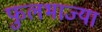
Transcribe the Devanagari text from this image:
फुलभाज्या